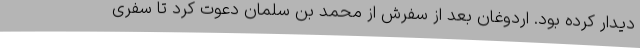
دیدار کرده بود. اردوغان بعد از سفرش از محمد بن سلمان دعوت کرد تا سفری